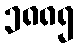
၁၈၈၅